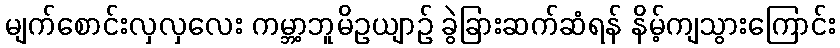
မျက်စောင်းလှလှလေး ကမ္ဘာ့ဘူမိဥယျာဉ် ခွဲခြားဆက်ဆံရန် နိမ့်ကျသွားကြောင်း